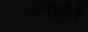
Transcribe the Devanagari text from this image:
अनोकी